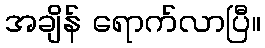
အချိန် ရောက်လာပြီ။